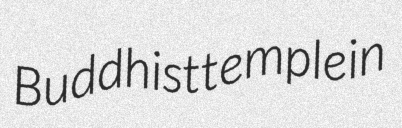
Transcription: Buddhist temple in